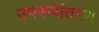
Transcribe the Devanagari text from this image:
उपरूपांतरण